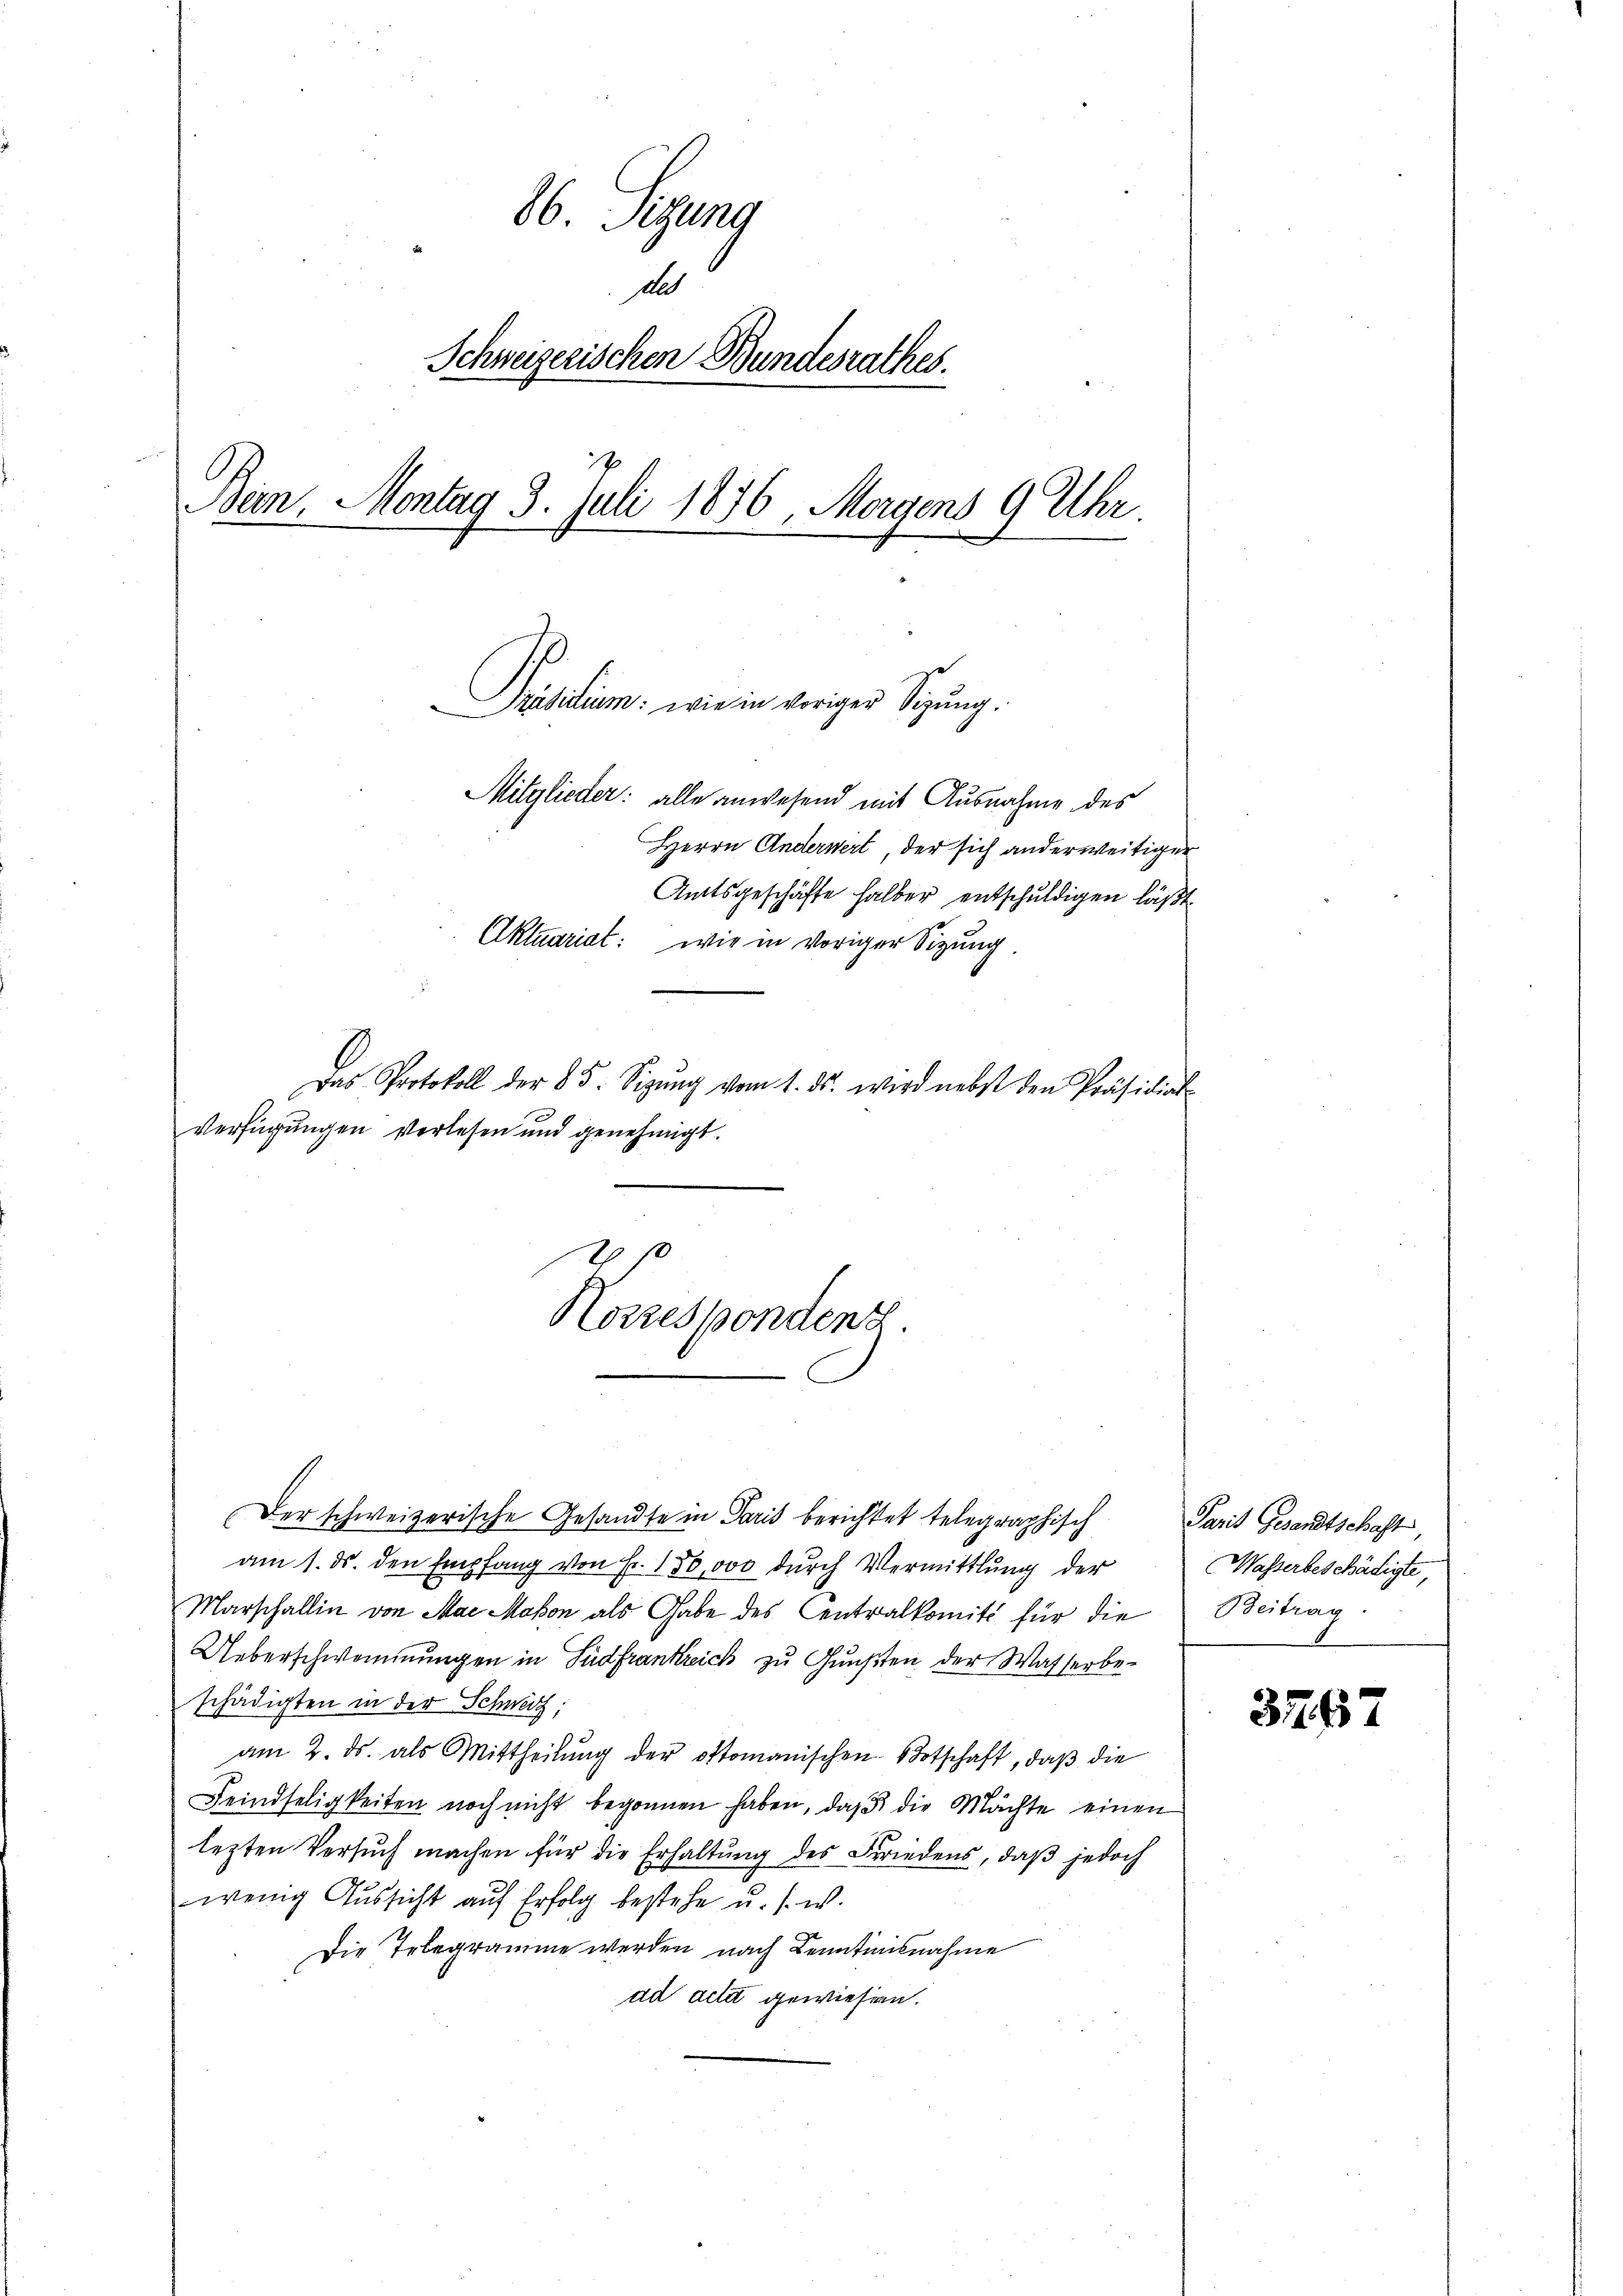
86. Sigung
Alt
Schweizerischen Bundesrathes.
Bien, Montag 3. Juli 1876, Morgens 9 Uhr.
Präsidium: wie in voriger Sitzung.
Mitglieder: alle anwesend mit Ausnahme des
Herrn Anderwert, der sich anderweitiger
Amtsgeschäfte halber entschuldigen läßt.
Aktuariat: wie in voriger Sitzung

Das Protokoll der 85. Sizŭng vom 1. ds. wird nebst den Präsidial-
Verfügungen verlesen und genehmigt.

2 p
Hozzespondenz.

Der schweizerische Gesandte in Paris berichtet telegraphisch
am 1. ds. den Empfang von Fr. 150,000 durch Vermittlung der
Marschallin von Mai Makon als Gabe des Centralkomité für die
Ueberschwommungen in Südfrankreich zu Gunsten der Wasserbeschädigten in der Schweiz:
am 2. ds. als Mittheilŭng der oftomanischen Botschaft, daß die
Feindseligkeiten noch nicht begonnen haben, daß die Mächte einen
lezten Versuch machen für die Erhaltung des Friedens, daß jedoch
wenig Aussicht auf Erfolg bestehe u. s. w.
Die Telegramme werden nach Kenntnisnahme
ad acta gewiesen.

Paris Gesandtschaft
Wasserbeschädigte,
Beitrag:

317. 657